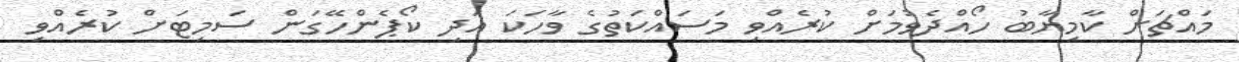
މައްޗަށް ކާމިޔާބު ހޯއްދެވުމަށް ކުރެއްވި މަސައްކަތުގެ ވާހަކަ އަދި ކޯޕެންހޭގަން ސަމިޓަށް ކުރެއްވި